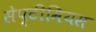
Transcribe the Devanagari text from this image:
सेप्टीमियस